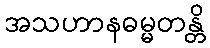
အသဟာနဓမ္မတန္တိ